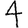
Digit: 4